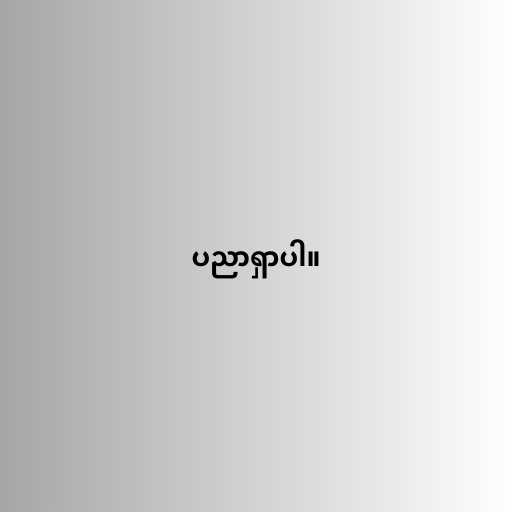
ပညာရှာပါ။